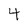
Character: 4